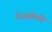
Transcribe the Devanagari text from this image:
मेंअफ़्रीकी